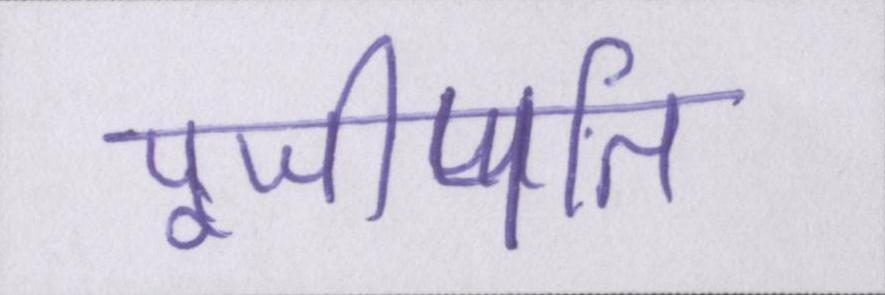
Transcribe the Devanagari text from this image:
पूजीपति